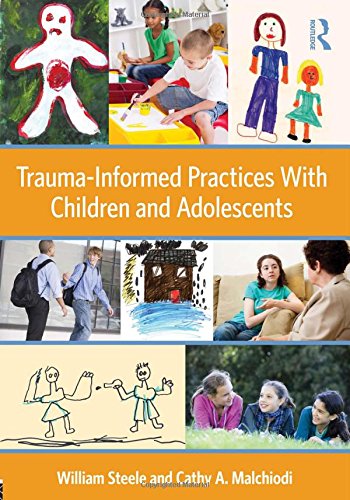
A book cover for Trauma-Informed Practices With Children and Adolescents; William Steele; Health, Fitness & Dieting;